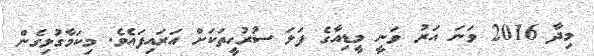
މިދާ 2016 ވަނަ އަރު ވަނީ މީޑިއާގެ ފަލަ ސުރުހީތަކަށް އަރައިފައެވެ. މިކަމާގުޅިގެން